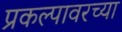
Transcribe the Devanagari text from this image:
प्रकल्पावरच्या